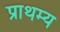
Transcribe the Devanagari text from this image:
प्राथम्य